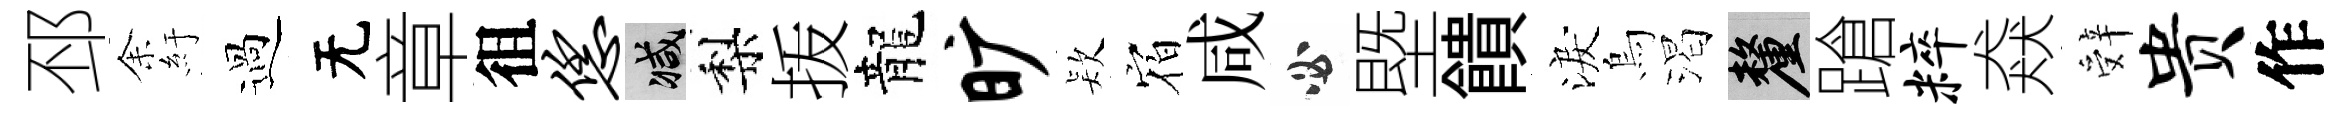
邳𪜬紆過无章徂恁减梨㧞龍旷𣣇𪧐咸必塈饋淚烏渴厘蹌粹猋辤贵作